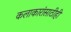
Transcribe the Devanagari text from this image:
कलाकारांसाठीही